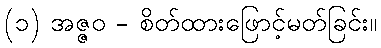
(၁) အဇ္ဇဝ - စိတ်ထားဖြောင့်မတ်ခြင်း။